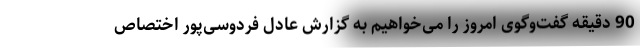
90 دقیقه گفت‌وگوی امروز را می‌خواهیم به گزارش عادل فردوسی‌پور اختصاص